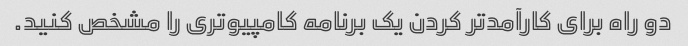
دو راه برای کارآمدتر کردن یک برنامه کامپیوتری را مشخص کنید.